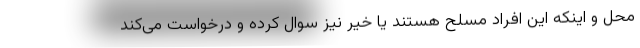
محل و اینکه این افراد مسلح هستند یا خیر نیز سوال کرده و درخواست می‌کند